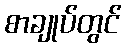
စာချုပ်တွင်